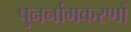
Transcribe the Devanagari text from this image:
पुनर्नामकरणों